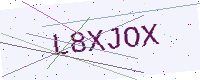
Text: L8XJOX